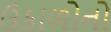
ઉકાળોનો